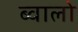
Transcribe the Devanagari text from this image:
ब्वालो